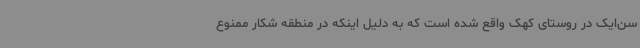
سن‌ایک در روستای کهک واقع شده است که به دلیل اینکه در منطقه شکار ممنوع